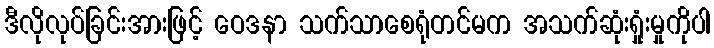
ဒီလိုလုပ်ခြင်းအားဖြင့် ဝေဒနာ သက်သာစေရုံတင်မက အသက်ဆုံးရှုံးမှုကိုပါ